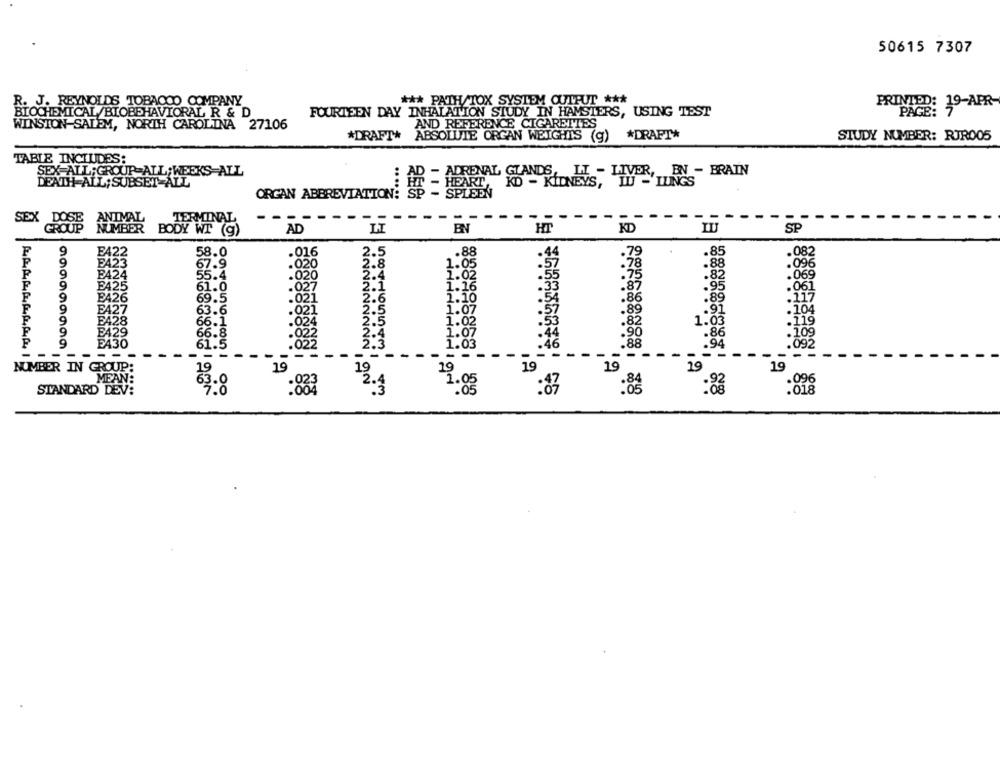
50615 7307
J. REYNOLDS TOBACCO COMPANY
*** PATH/TOX SYSTEM CUIPUT ***
PRINTED: 19-APR-
BIOCHEMICAL/BIOBEHAVIORAL R & D
FOURTEEN DAY INHALATION STUDY IN HAMSTERS, USING TEST
PAGE:
WINSTON-SALEM, NORTH CAROLINA 27106
AND REFERENCE CIGARETTES
*DRAFT* ABSOLUTE ORGAN WEIGHTS (g) *DRAFT*
STUDY NUMBER: RIR005
TABLE INCLUDES:
SEX-ALL; GROUP-ALL; WEEKS ALL
LT - LIVER, BN - BRAIN
DEATH ALL; SUBSET ALL
AR -ADRENAL GLANDS
KD - KIDNEYS, TU -'LLINGS
ORCAN ABBREVIATION: S - PART
BN
SEX POSE NUMBER BODY WT (9)
AD
LI
SP
F422
.082
58.0
F423
67.9
P424
55.4
E425
61.0
2222
117
P426
69.5
E427
63.6
E428
66.1
119
B429
109
66.8
999999999
FA30
61.9
584165543
692
-
NUMBER IN GROUP:
19
19
MEAN:
STANDARD DEV:
63:0
888996868. 88
88
:818